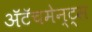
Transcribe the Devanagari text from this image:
अॅटॅचमेन्ट्‌स